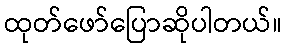
ထုတ်ဖော်ပြောဆိုပါတယ်။